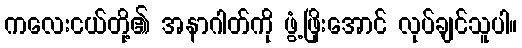
ကလေးငယ်တို့၏ အနာဂါတ်ကို ဖွံ့ဖြိုးအောင် လုပ်ချင်သူပါ။